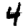
Digit: 4